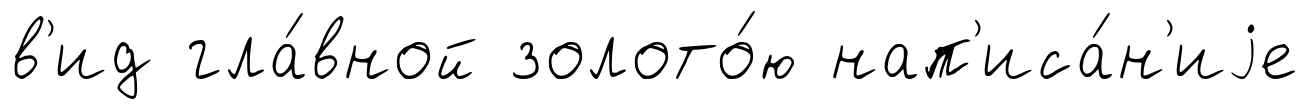
в'ид гла́вной золото́ю нап'иса́н'иjе